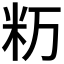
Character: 𥸯